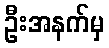
ဦးအနက်မှ